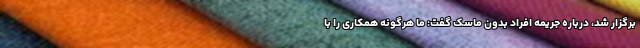
برگزار شد، درباره جریمه افراد بدون ماسک گفت: ما هرگونه همکاری را با